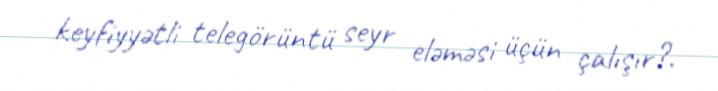
keyfiyyətli telegörüntü seyr eləməsi üçün çalışır?.